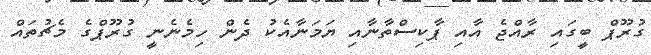
ގުރޫޕް ބީގައި ރާއްޖެ އާއި ޕާކިސްތާނާއި ޔަމަނާއެކު ދެން ހިމެނެނީ ގުރޫޕްގެ މެޗުތައް